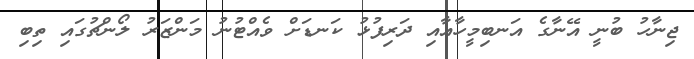
ޖިނާހު ބުނީ އޭނާގެ އަނބިމީހާއާއި ދަރިފުޅު ކަނޑަށް ވެއްޓުނު މަންޒަރު ލޯންޗުގައި ތިބި